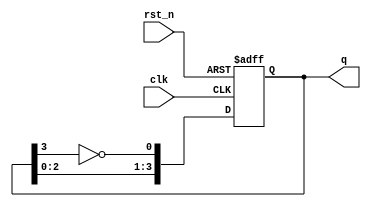
module johnson_counter (
    input wire clk,           // Clock input
    input wire rst_n,        // Active low asynchronous reset
    output reg [3:0] q       // 4-bit output representing the counter state
);

// Always block for the Johnson counter logic
always @(posedge clk or negedge rst_n) begin
    if (!rst_n) begin
        // Asynchronous reset
        q <= 4'b0000;         // Initialize to 0000 on reset
    end else begin
        // Johnson counter logic
        q[0] <= ~q[3];        // Invert the last flip-flop output and feed to the first
        q[1] <= q[0];         // Shift the output of the first flip-flop to the second
        q[2] <= q[1];         // Shift the output of the second flip-flop to the third
        q[3] <= q[2];         // Shift the output of the third flip-flop to the fourth
    end
end

endmodule